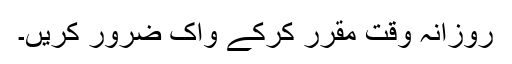
روزانہ وقت مقرر کرکے واک ضرور کریں۔